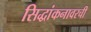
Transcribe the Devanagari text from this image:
सिद्धांकनावरची